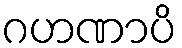
ဂဟဏာပိ